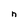
Character: n